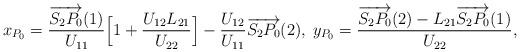
LaTeX: \begin{align*} x_{P_0} = \frac{\overrightarrow{S_2 P_0}(1)}{U_{1 1}}\Big[1+ \frac{U_{1 2} L_{2 1}}{U_{2 2}} \Big]-\frac{U_{1 2}}{U_{1 1}} \overrightarrow{S_2 P_0}(2),\;y_{P_0} = \frac{\overrightarrow{S_2 P_0}(2)- L_{2 1} \overrightarrow{S_2 P_0}(1)}{U_{22}},\end{align*}